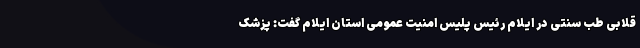
قلابی طب سنتی در ایلام رئیس پلیس امنیت عمومی استان ایلام گفت: پزشک